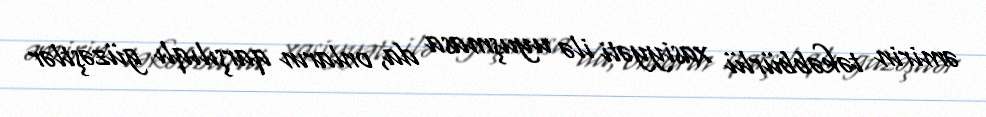
əmirin təkəbbürlü xasiyyəti ilə uyuşmasa da, onların qarşılıqlı güzəştlər